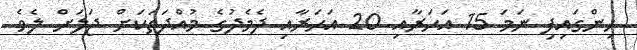
ހިންގައިފި ނަމަ 15 އަހަރާއި 20 އަހަރާއި ދެމެދުގެ މުއްދަތަކަށް ޖަލަށް ލެވެ